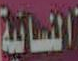
النسائية